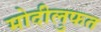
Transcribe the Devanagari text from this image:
मोदीलुफत